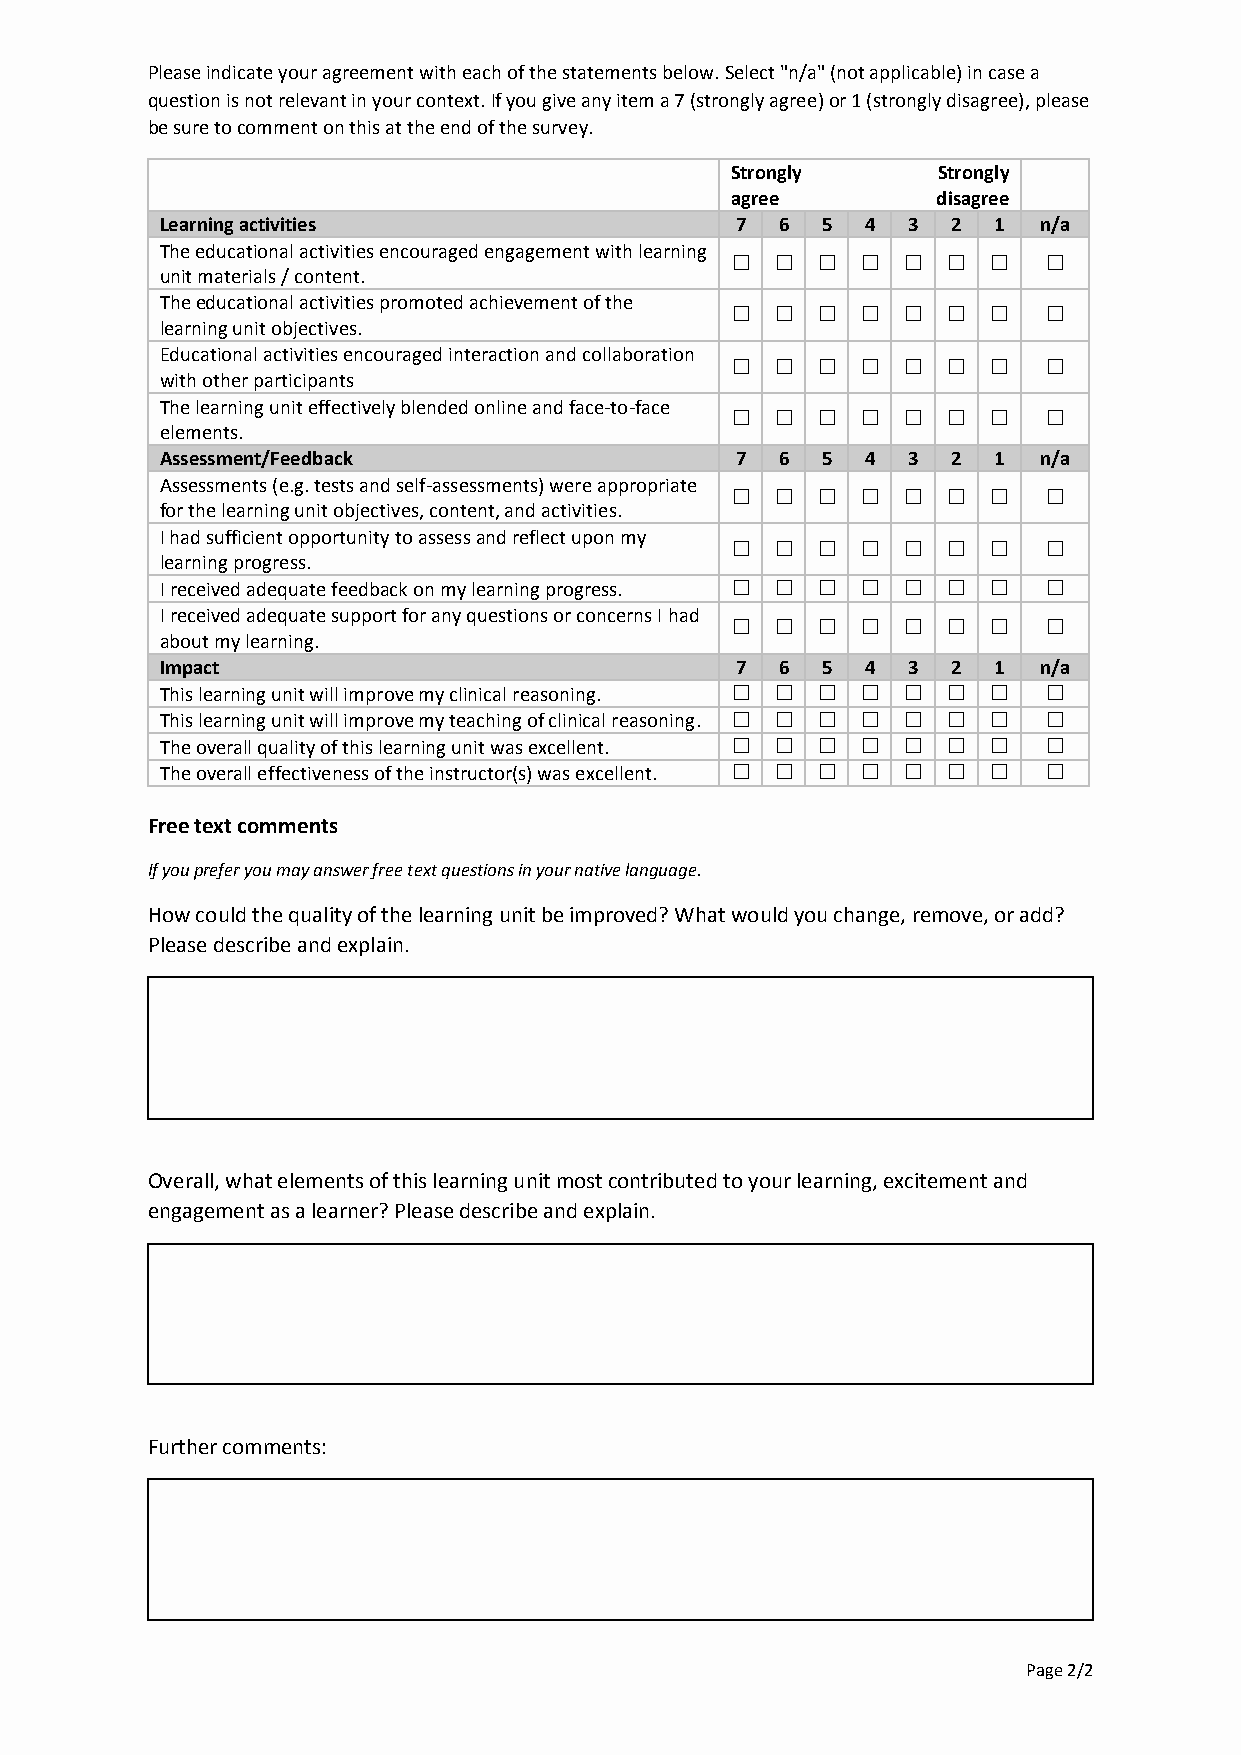
Please indicate your agreement with each of the statements below. Select "n/a" (not applicable) in case a
 question is not relevant in your context. If you give any item a 7 (strongly agree) or 1 (strongly disagree), please
 be sure to comment on this at the end of the survey.
 Strongly      Strongly
 agree         disagree
 Learning activities                   7  6 5  4  3  2  1  n/a
 The educational activities encouraged engagement with learning
               
 unit materials / content.
 The educational activities promoted achievement of the
               
 learning unit objectives.
 Educational activities encouraged interaction and collaboration
               
 with other participants
 The learning unit effectively blended online and face-to-face
               
 elements.
 Assessment/Feedback                   7  6 5  4  3  2  1  n/a
 Assessments (e.g. tests and self-assessments) were appropriate
               
 for the learning unit objectives, content, and activities.
 I had sufficient opportunity to assess and reflect upon my
               
 learning progress.
 I received adequate feedback on my learning progress.        
 I received adequate support for any questions or concerns I had
               
 about my learning.
 Impact                                7  6 5  4  3  2  1  n/a
 This learning unit will improve my clinical reasoning.        
 This learning unit will improve my teaching of clinical reasoning.        
 The overall quality of this learning unit was excellent.        
 The overall effectiveness of the instructor(s) was excellent.        
 Free text comments
 If you prefer you may answer free text questions in your native language.
 How could the quality of the learning unit be improved? What would you change, remove, or add?
 Please describe and explain.
 Overall, what elements of this learning unit most contributed to your learning, excitement and
 engagement as a learner? Please describe and explain.
 Further comments:
 Page 2/2